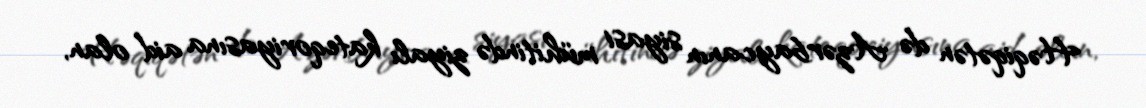
Həqiqətən də Azərbaycanın siyasi mühitində ziyalı kateqoriyasına aid olan,